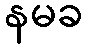
နမခ